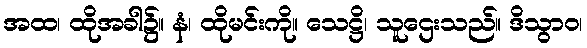
အထ၊ ထိုအခါ၌။ နံ၊ ထိုမင်းကို။ သေဋ္ဌိ၊ သူဌေးသည်။ ဒိသွာဝ၊